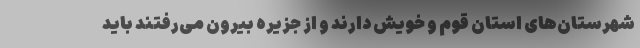
شهرستان‌های استان قوم و خویش دارند و از جزیره بیرون می‌رفتند باید